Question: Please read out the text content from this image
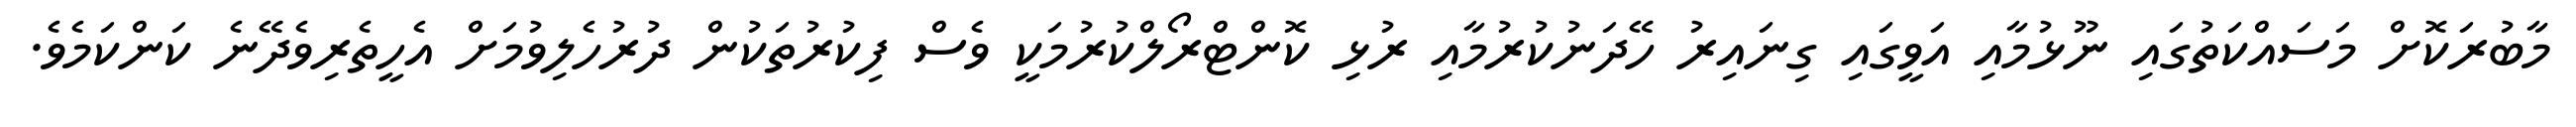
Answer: މާބުރަކޮށް މަސައްކަތުގައި ނޫޅުމާއި އަވީގައި ގިނައިރު ހޭދަނުކުރުމާއި ރުޅި ކޮންޓްރޯލްކުރުމަކީ ވެސް ފިކުރުތަކުން ދުރުހެލިވުމަށް އެހީތެރިވެދޭނެ ކަންކަމެވެ.